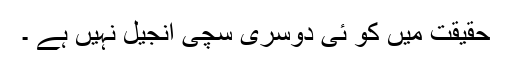
حقیقت میں کو ئی دُوسری سچی انجیل نہیں ہے ۔